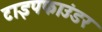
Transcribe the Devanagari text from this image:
टाइपफाउंडर